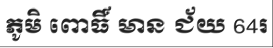
ភូមិ ពោធិ៍ មាន ជ័យ 64រ